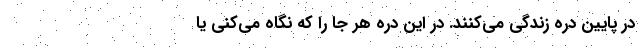
در پایین دره زندگی می‌کنند. در این دره هر جا را که نگاه می‌کنی یا